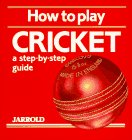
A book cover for How to Play Cricket: A Step-By-Step Guide (Jarrold Sports); Liz French; Sports & Outdoors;